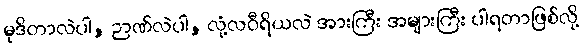
မုဒိတာလဲပါ, ဉာဏ်လဲပါ, လုံ့လဝီရိယလဲ အားကြီး အများကြီး ပါရတာဖြစ်လို့